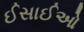
ઈસાઈઓ